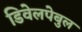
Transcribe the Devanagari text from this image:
डिवेलपेबुल